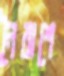
নৈরাশে